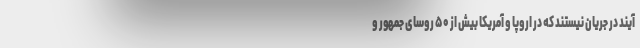
آیند در جریان نیستند که در اروپا و آمریکا بیش از ۵۰ روسای جمهور و